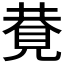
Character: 𧠩